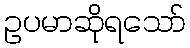
ဥပမာဆိုရသော်